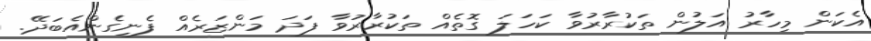
އެކަން މިހާރު އަލުން ތަކުރާރުވާ ކަހަލަ ގޮތެއް ތަކުރާރުވާ ފަދަ މަންޒަރެއް ފެނިގެންއެބަދޭ.